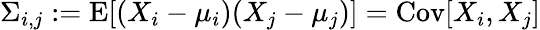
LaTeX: \Sigma_{i,j}:=\operatorname{E}[(X_{i}-\mu_{i})(X_{j}-\mu_{j})]=\operatorname{Cov}[X_{i},X_{j}]